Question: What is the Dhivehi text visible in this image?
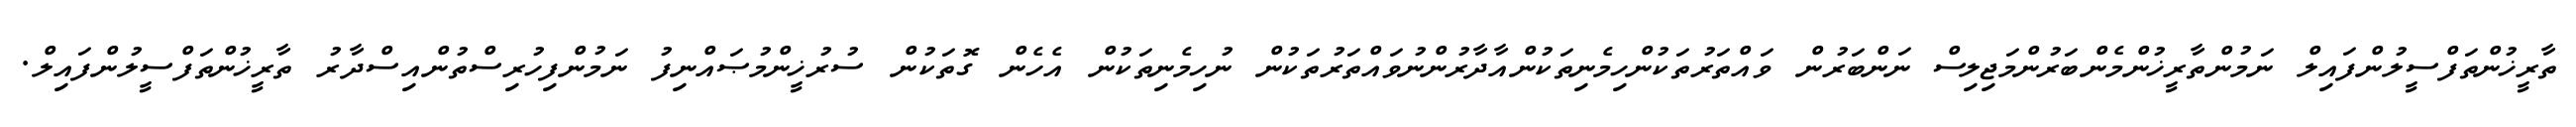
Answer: ތާރީޚުންތަފްސީލުންފައިލް ނަމުންތާރީޚުންމެންބަރުންމަޖިލިސް ނަންބަރުން ވައްތަރުތަކުންހިމެނިތަކުންއާދާރުންނުވައްތަރުތަކުން ނުހިމެނިތަކުން އެހެން ގޮތަކުން ސުރުޚީންމުޞައްނިފު ނަމުންފިހުރިސްތުންއިސްދާރު ތާރީޚުންތަފްސީލުންފައިލް.